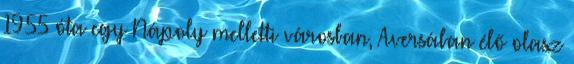
1955 óta egy Nápoly melletti városban, Aversában élő olasz